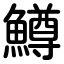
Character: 鱒